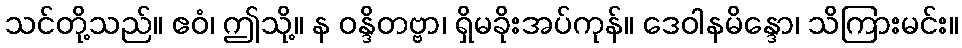
သင်တို့သည်။ ဧဝံ၊ ဤသို့။ န ဝန္ဒိတဗ္ဗာ၊ ရှိမခိုးအပ်ကုန်။ ဒေဝါနမိန္ဒော၊ သိကြားမင်း။